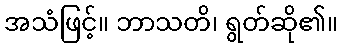
အသံဖြင့်။ ဘာသတိ၊ ရွတ်ဆို၏။